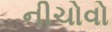
નીચોવો